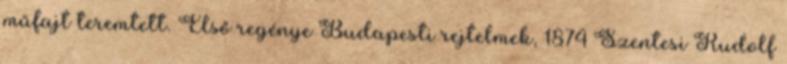
műfajt teremtett. Első regénye Budapesti rejtelmek, 1874 Szentesi Rudolf